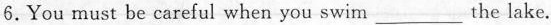
6.You must be careful when you swim___the lake.